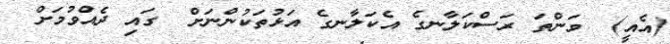
(އެއީ)  ވަންތަ ރަސްކަލާނގެ އެކަލާނގެ އަޅުތަކުންނަށް  ގައި ދެއްވުމަށް